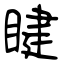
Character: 睷